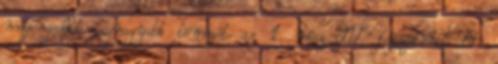
megengedett legnagyobb tömegét az 1. rész IV. fejezetének 6.